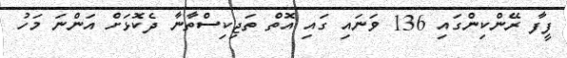
ފީފާ ރޭންކިންގައި 136 ވަނައި ގައި އޮތް ތަޖިކިސްތާނާ ދެކޮޅަށް އަންނަ މަހު